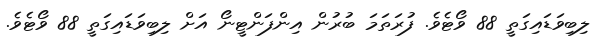
ލިބިވަޑައިގަތީ 88 ވޯޓެވެ. ފުރަތަމަ ބުރުން އިންފަންޓީނޯ އަށް ލިބިވަޑައިގަތީ 88 ވޯޓެވެ.